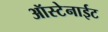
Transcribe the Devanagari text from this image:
ऑस्टेनाईट